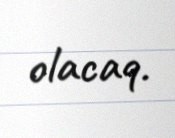
olacaq.